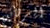
الرهائن